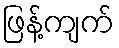
ဖြန့်ကျက်